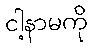
ငါ့နာမကို